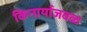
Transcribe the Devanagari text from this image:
किनार्याजवळ